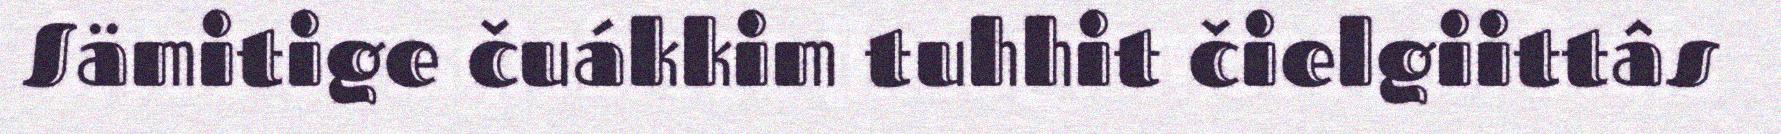
Sämitige čuákkim tuhhit čielgiittâs